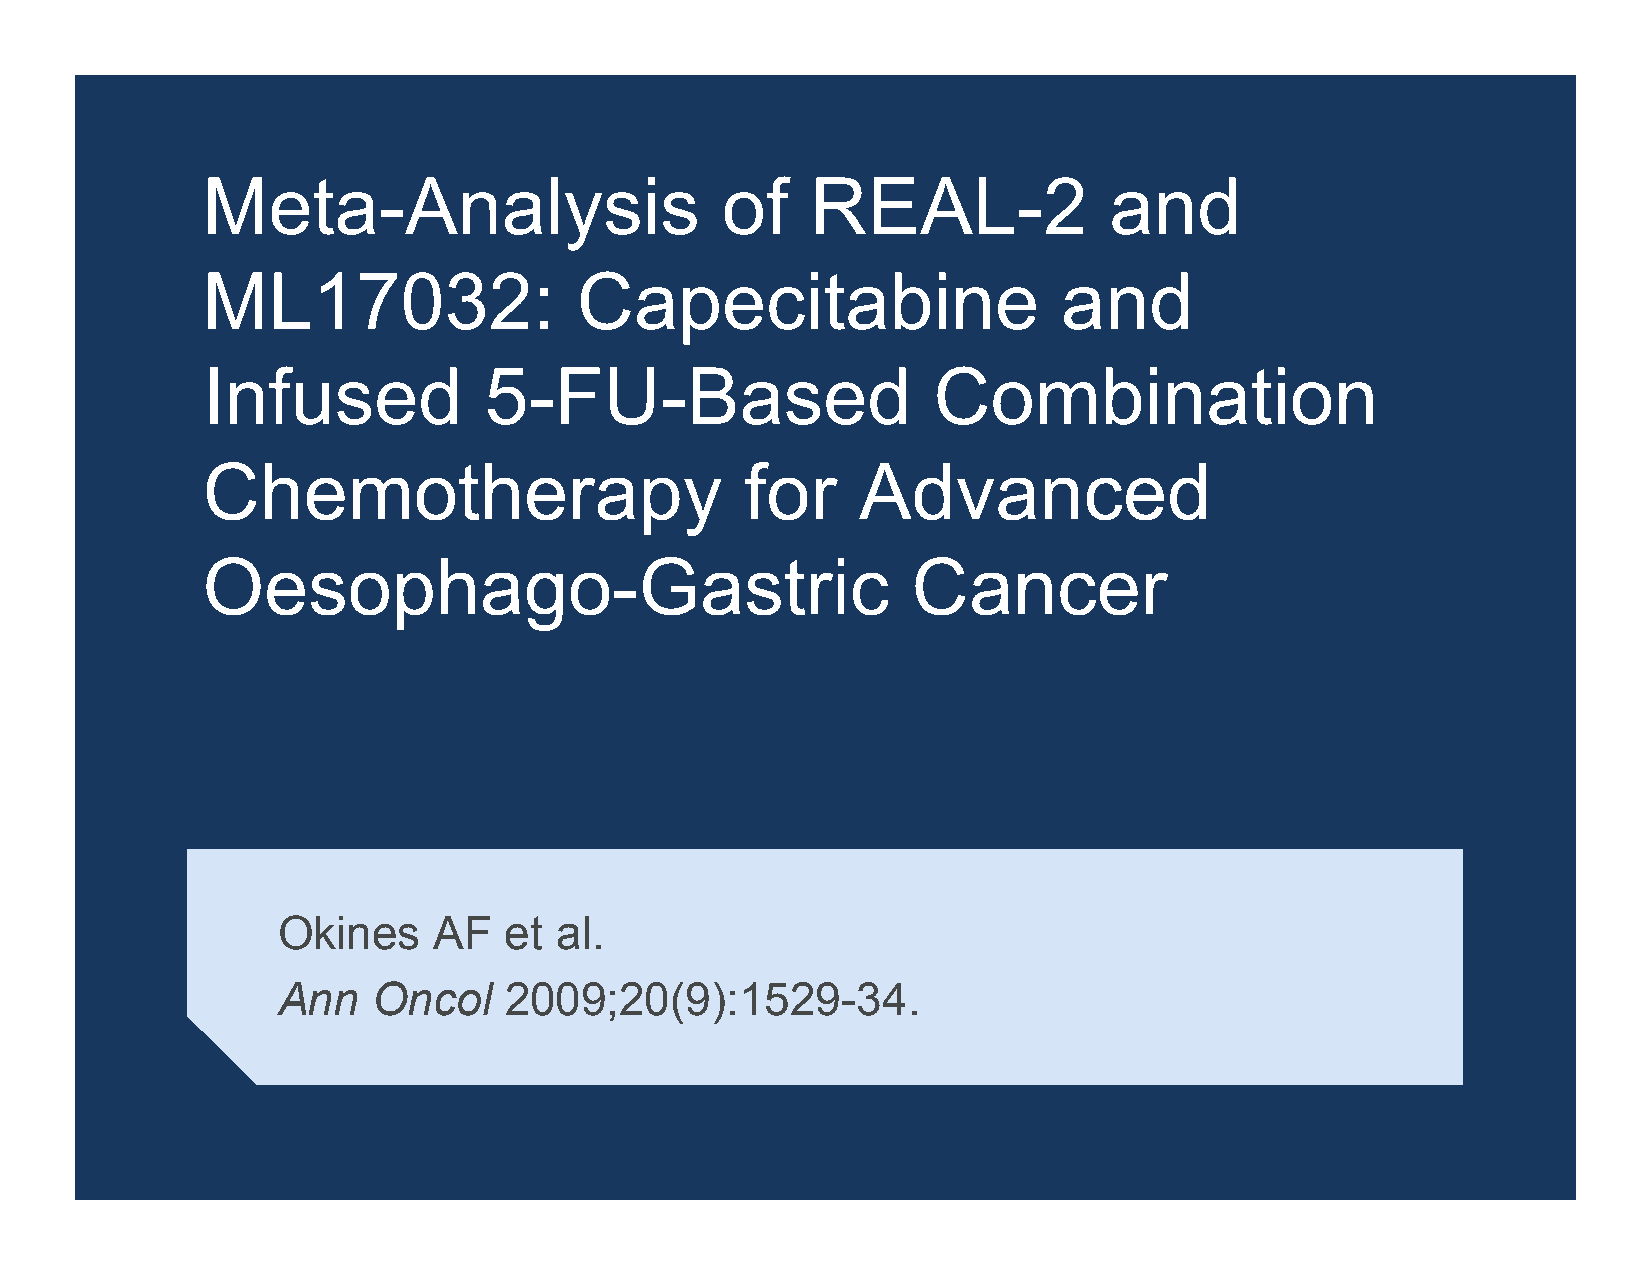
Meta-Analysis                      of    REAL-2             and
 ML17032:                 Capecitabine                    and
 Infused            5-FU-Based                    Combination
 Chemotherapy                        for     Advanced
 Oesophago-Gastric                              Cancer
 Okines     AF  et  al.
 Ann    Oncol   2009;20(9):1529-34.